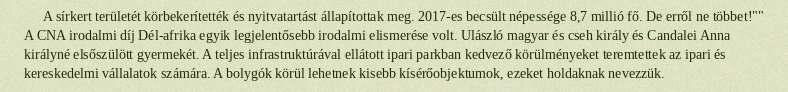
A sírkert területét körbekerítették és nyitvatartást állapítottak meg. 2017-es becsült népessége 8,7 millió fő. De erről ne többet!"" A CNA irodalmi díj Dél-afrika egyik legjelentősebb irodalmi elismerése volt. Ulászló magyar és cseh király és Candalei Anna királyné elsőszülött gyermekét. A teljes infrastruktúrával ellátott ipari parkban kedvező körülményeket teremtettek az ipari és kereskedelmi vállalatok számára. A bolygók körül lehetnek kisebb kísérőobjektumok, ezeket holdaknak nevezzük.